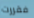
فقررت